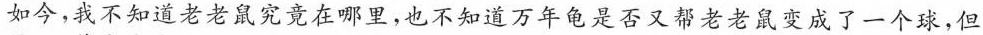
如今，我不知道老老鼠究竟在哪里，也不知道万年龟是否又帮老老鼠变成了一个球，但